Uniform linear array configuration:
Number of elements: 32
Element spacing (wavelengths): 1
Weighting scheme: hann
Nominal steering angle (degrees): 60
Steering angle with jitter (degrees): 61.805
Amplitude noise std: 0.05
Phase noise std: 0.05

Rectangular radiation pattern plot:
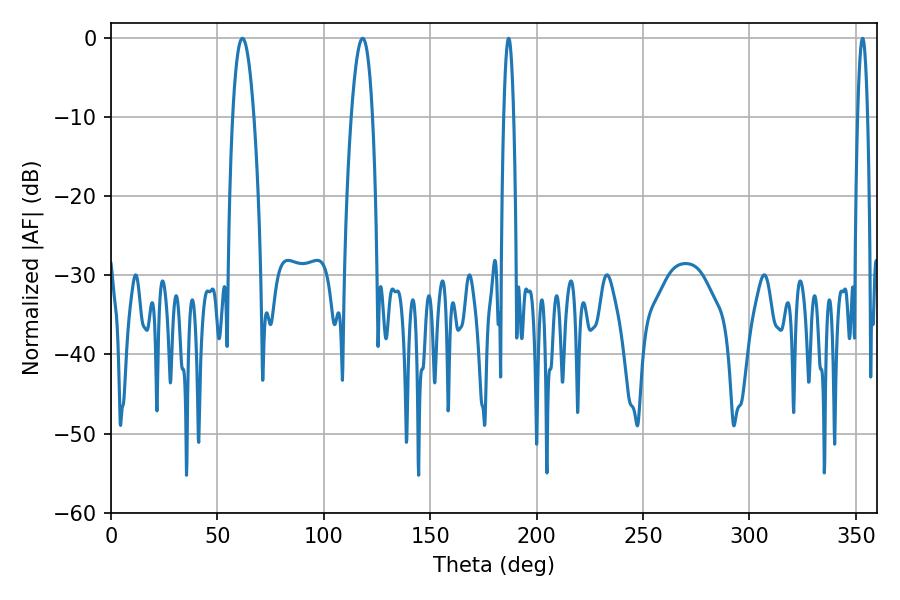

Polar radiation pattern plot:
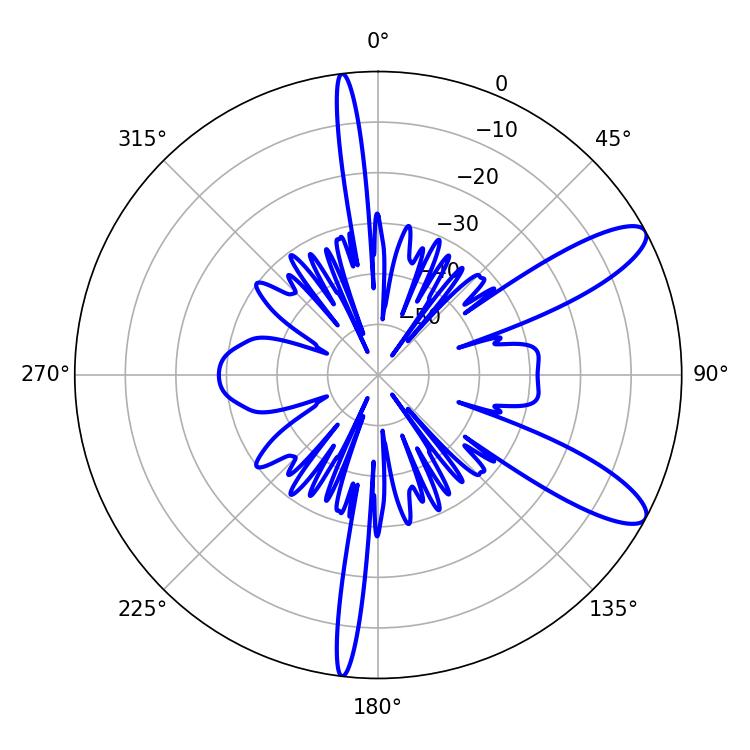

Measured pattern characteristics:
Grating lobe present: TRUE
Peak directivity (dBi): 10.667
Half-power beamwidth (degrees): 2.52
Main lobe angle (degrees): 186.84